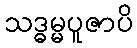
သဒ္ဓမ္မပူဇာပိ